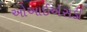
ઓઆઈએસડી